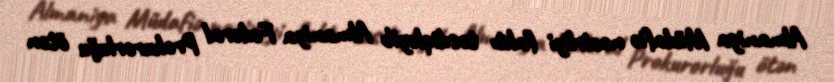
Almaniya Müdafiə nazirliyi faktı təsdiqləyib Almaniya Federal Prokurorluğu ötən